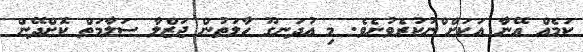
ކަމެއް އޭނާ އަކަށް ްނުކުރެވުނެވެ. މި އުދަނގޫ ހާލަތުން ޖަޒްލާ ސަލާމަތް ކޮށްދޭން